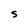
Character: S